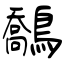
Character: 鷮